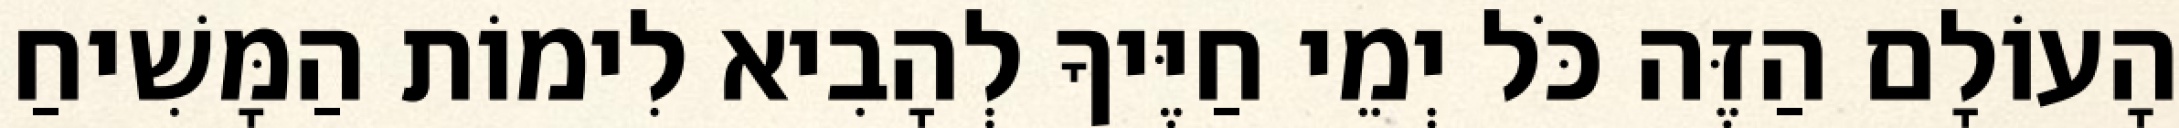
הָעוֹלָם הַזֶּה כֹּל יְמֵי חַיֶּיךָ לְהָבִיא לִימוֹת הַמָּשִׁיחַ